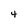
Character: 4